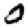
Digit: 0